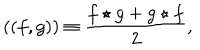
( ( f , g ) ) \equiv { \frac { f \star g + g \star f } { 2 } } ,